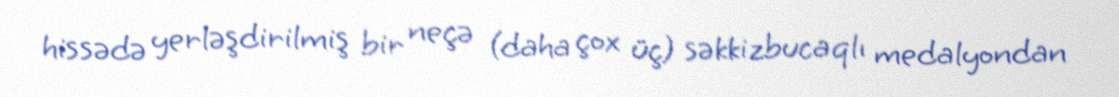
hissədə yerləşdirilmiş bir neçə (daha çox üç) səkkizbucaqlı medalyondan